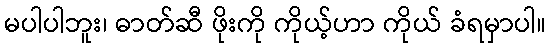
မပါပါဘူး၊ ဓာတ်ဆီ ဖိုးကို ကိုယ့်ဟာ ကိုယ် ခံရမှာပါ။